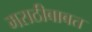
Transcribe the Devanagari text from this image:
मराठीबाबत